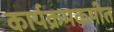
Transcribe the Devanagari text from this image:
कार्यक्रमकमीत